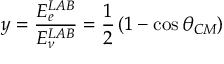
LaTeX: y = \frac { E _ { e } ^ { L A B } } { E _ { \nu } ^ { L A B } } = \frac 1 2 \left( 1 - \cos \theta _ { C M } \right)